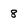
Character: 8